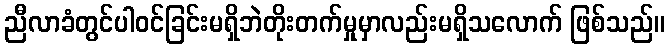
ညီလာခံတွင်ပါဝင်ခြင်းမရှိဘဲတိုးတက်မှုမှာလည်းမရှိသလောက် ဖြစ်သည်။